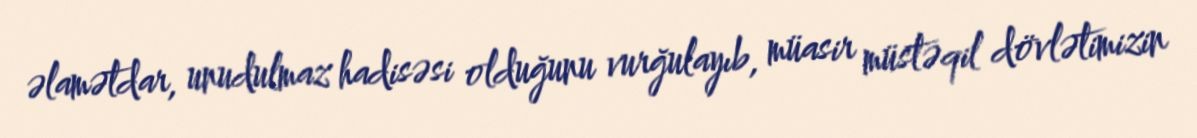
əlamətdar, unudulmaz hadisəsi olduğunu vurğulayıb, müasir müstəqil dövlətimizin